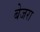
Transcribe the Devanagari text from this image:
बेजरा